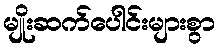
မျိုးဆက်ပေါင်းများစွာ